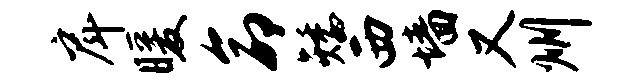
戽暖命矮西墙又州